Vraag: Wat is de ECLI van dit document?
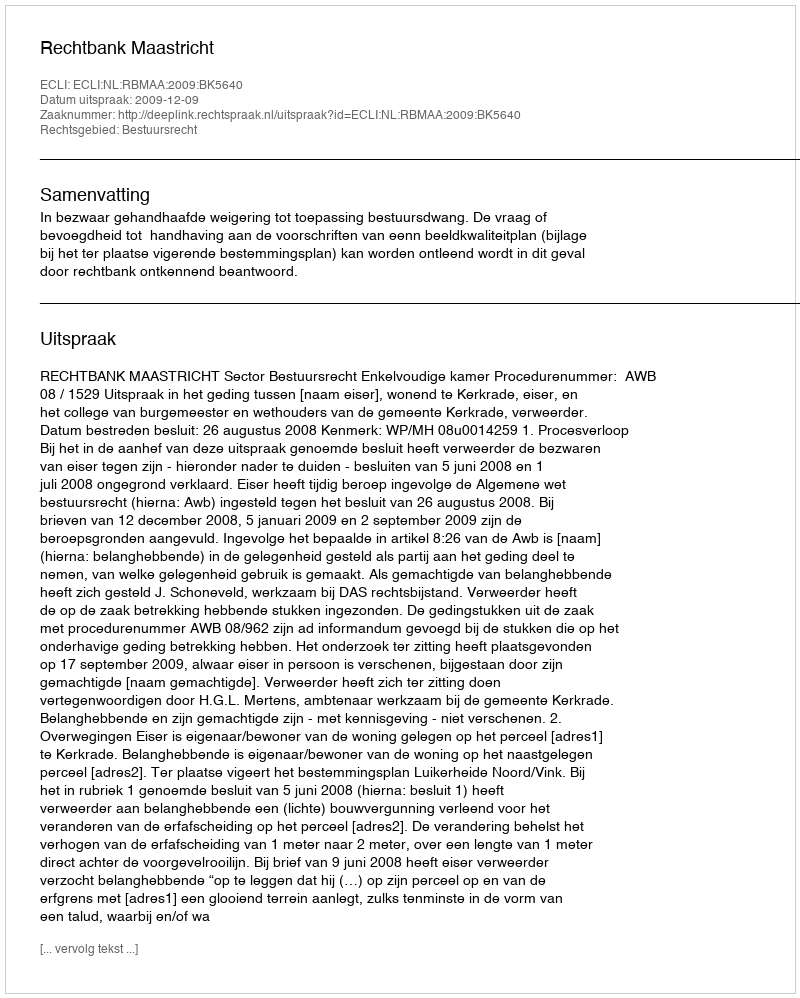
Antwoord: ECLI:NL:RBMAA:2009:BK5640